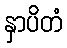
နှာပိတံ